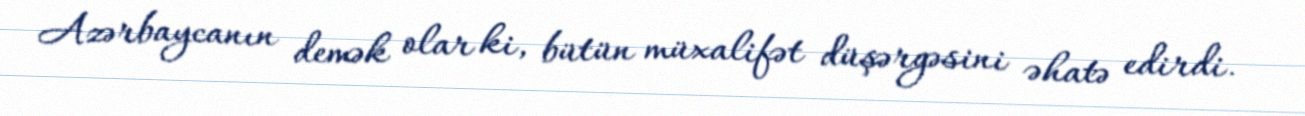
Azərbaycanın demək olar ki, bütün müxalifət düşərgəsini əhatə edirdi.